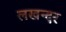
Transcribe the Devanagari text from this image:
लखन्दर